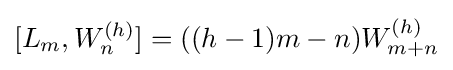
[L_{m},W_{n}^{(h)}]=((h-1)m-n)W_{m+n}^{(h)}